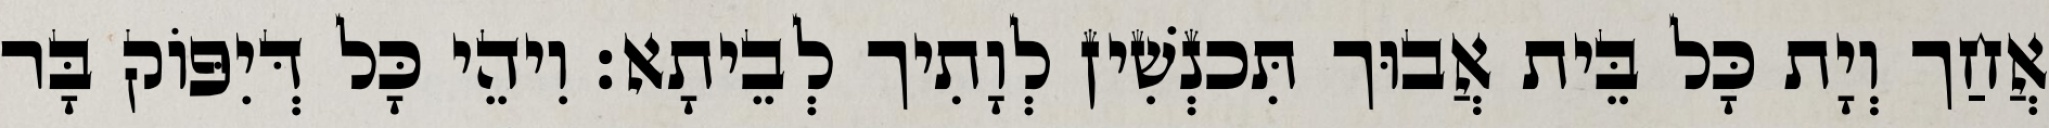
אֲחַך וְיָת כָּל בֵּית אֲבוּך תִּכנְשִׁין לְוָתִיך לְבֵיתָא׃ וִיהֵי כָּל דְּיִפּוֹק בָּר